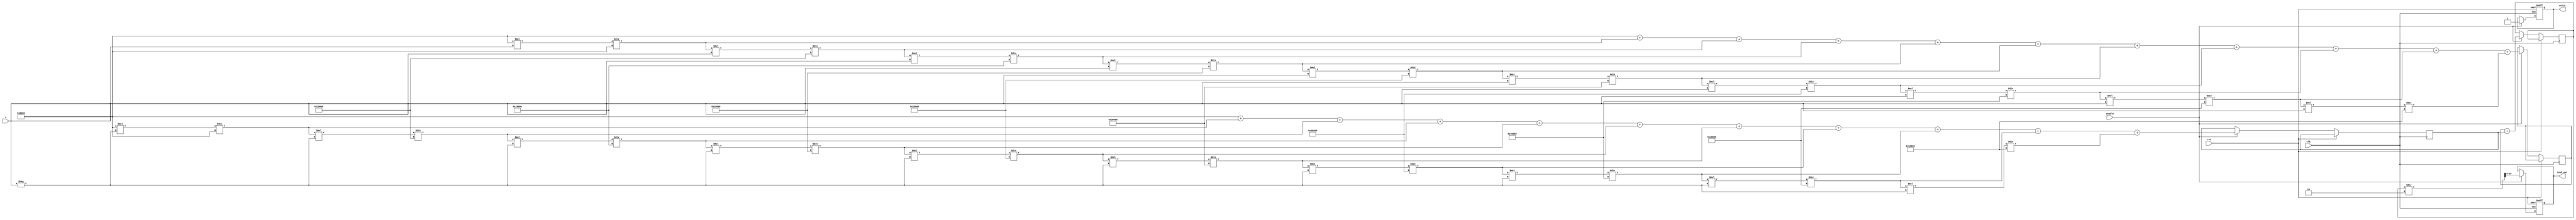
module hyperbolic_cosh (
    input wire clk,
    input wire rst,
    input wire [15:0] x,          // Input value (fixed-point representation)
    input wire enable,            // Enable signal
    output reg [15:0] cosh_out,   // Output value (fixed-point representation)
    output reg valid              // Output valid signal
);

    // Parameters
    parameter N = 16;             // Bit-width for input and output
    parameter SCALE = 16'h8000;   // Scale factor for fixed-point (2^15 for 16 bits)

    // Internal signals
    reg [31:0] exp_x;             // e^x
    reg [31:0] exp_neg_x;         // e^-x
    reg [31:0] sum;               // Sum of e^x and e^-x

    // Exp approximation using Taylor Series (up to 4th order)
    function [31:0] exp_approx;
        input [15:0] val;
        reg [31:0] result;
        reg [31:0] term;
        integer i;
        begin
            result = SCALE; // Start with the term for 0! = 1 (scaled)
            term = SCALE;   // First term is x^0 / 0! = 1

            for (i = 1; i <= 10; i = i + 1) begin
                term = (term * val) / (i * SCALE); // Calculate x^i / i!
                result = result + term;            // Add to the result
            end

            exp_approx = result;
        end
    endfunction

    always @(posedge clk or posedge rst) begin
        if (rst) begin
            cosh_out <= 0;
            valid <= 0;
        end else if (enable) begin
            // Calculate e^x
            exp_x <= exp_approx(x);
            // Calculate e^(-x) by computing exp(Negation of x)
            exp_neg_x <= exp_approx(-x);
            // Calculate cosh(x)
            sum <= exp_x + exp_neg_x;
            // Final output calculation
            cosh_out <= sum / 2;
            valid <= 1; // Indicate that output is valid
        end
    end

endmodule